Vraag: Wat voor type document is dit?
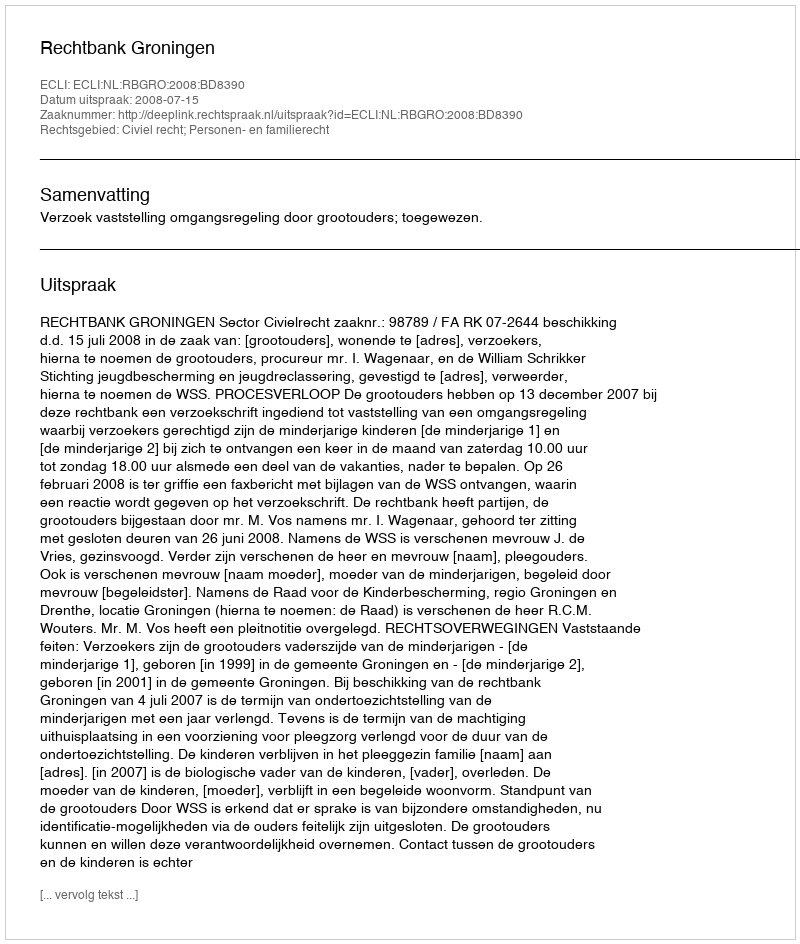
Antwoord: Uitspraak